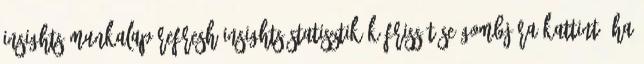
Insights munkalap Refresh Insights Statisztikák frissítése gombjára kattint. Ha